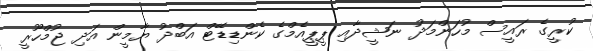
ކުރީގެ ރައީސް މުހަންމަދު ނަޝީދާއި ޕީޕީއެމްގެ ކެންޑިޑޭޓް އަބްދު ޔާމީން އަދި ޖުމްހޫރީ